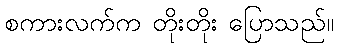
စကားလက်က တိုးတိုး ပြောသည်။